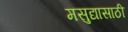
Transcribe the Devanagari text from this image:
मसुद्यासाठी